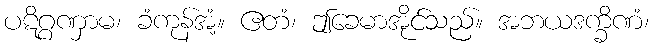
ပဋိဂ္ဂဏှာမ၊ ခံကုန်အံ့။ ဧတံ၊ ဤခေမာအိုင်သည်။ အဘယဒက္ခိဏံ၊